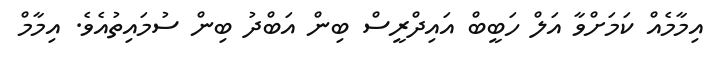
އިމާމެއް ކަމަށްވާ އަލް ހަބީބް އައިދްރީސް ބިން އަބްދު ބިން ސުމައިތުއެވެ. އިމާމް